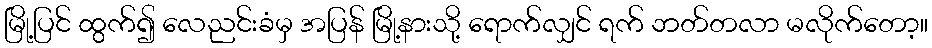
မြို့ပြင် ထွက်၍ လေညင်းခံမှ အပြန် မြို့နားသို့ ရောက်လျှင် ရက် ဘတ်တလာ မလိုက်တော့။